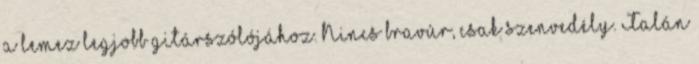
a lemez legjobb gitárszólójához. Nincs bravúr, csak szenvedély. Talán